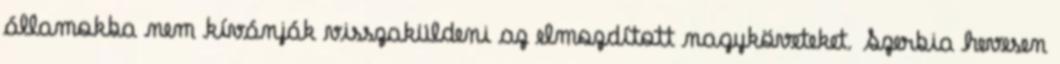
államokba nem kívánják visszaküldeni az elmozdított nagyköveteket. Szerbia hevesen